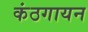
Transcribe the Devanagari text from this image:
कंठगायन